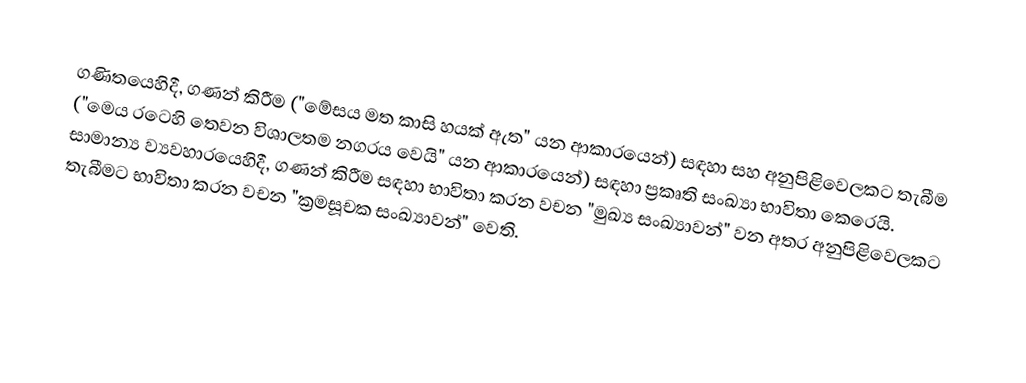
ගණිතයෙහිදී,  ගණන් කිරීම ("මේසය මත කාසි හයක් ඇත" යන ආකාරයෙන්) සඳහා සහ අනුපිළිවෙලකට තැබීම ("මෙය රටෙහි තෙවන විශාලතම නගරය වෙයි" යන ආකාරයෙන්) සඳහා ප්‍රකෘති සංඛ්‍යා භාවිතා කෙරෙයි.  සාමාන්‍ය ව්‍යවහාරයෙහිදී, ගණන් කිරීම සඳහා භාවිතා කරන වචන "මුඛ්‍ය සංඛ්‍යාවන්" වන අතර අනුපිළිවෙලකට තැබීමට භාවිතා කරන වචන  "ක්‍රමසූචක සංඛ්‍යාවන්" වෙති.